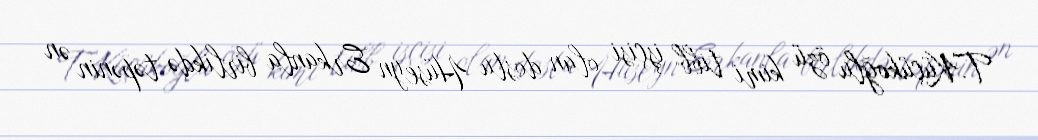
T.Küçükoğlu özü kimi tibb işçisi olan dostu Hüseyn Erkanla birlikdə təpənin ən